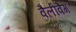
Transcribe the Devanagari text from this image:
वैलीवैग